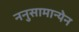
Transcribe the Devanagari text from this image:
ननुसामान्येन